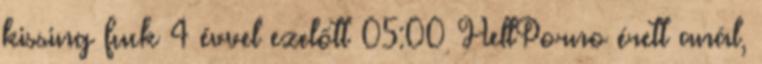
kissing fuck 4 évvel ezelőtt 05:00 HellPorno érett anál,